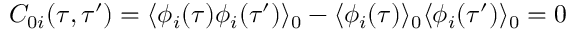
{ } C _ { 0 i } ( \tau , \tau ^ { \prime } ) = \langle \phi _ { i } ( \tau ) \phi _ { i } ( \tau ^ { \prime } ) \rangle _ { 0 } - \langle \phi _ { i } ( \tau ) \rangle _ { 0 } \langle \phi _ { i } ( \tau ^ { \prime } ) \rangle _ { 0 } = 0